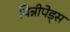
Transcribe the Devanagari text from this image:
पिन्नीपेड्स